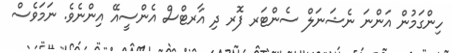
ހިންގަމުން އަންނަ ނެޝަނަލް ސެންޓަރ ފޮރ ދި އާރޓްސް އެންސީއޭ އިންނެވެ. ނަމަވެސް